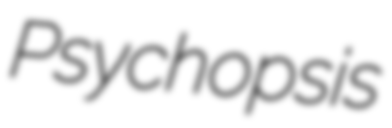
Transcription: Psychopsis